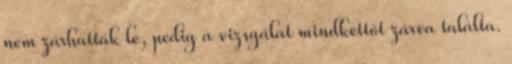
nem zárhatták le, pedig a vizsgálat mindkettőt zárva találta.